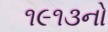
૧૯૧૩નો